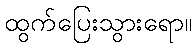
ထွက်ပြေးသွားရော။